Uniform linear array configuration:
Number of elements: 16
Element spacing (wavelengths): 0.25
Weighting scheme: kaiser
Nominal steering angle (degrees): -15
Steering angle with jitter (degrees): -15.273
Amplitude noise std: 0.05
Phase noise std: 0.05

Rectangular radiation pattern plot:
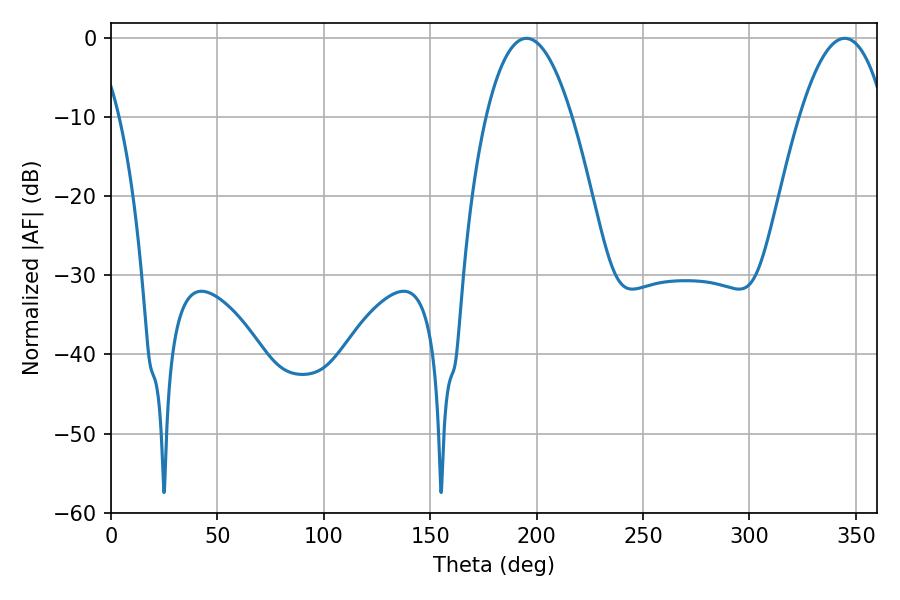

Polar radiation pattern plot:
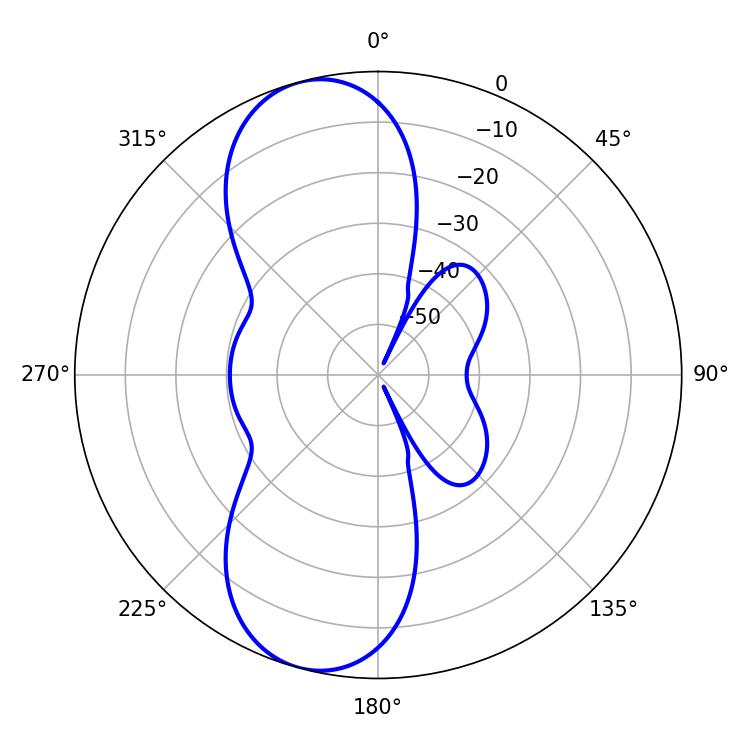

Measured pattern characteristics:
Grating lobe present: FALSE
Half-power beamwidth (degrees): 22.32
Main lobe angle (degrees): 195.3